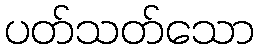
ပတ်သတ်သော